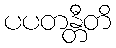
ပပတန္တီတိ